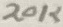
Text: 20K